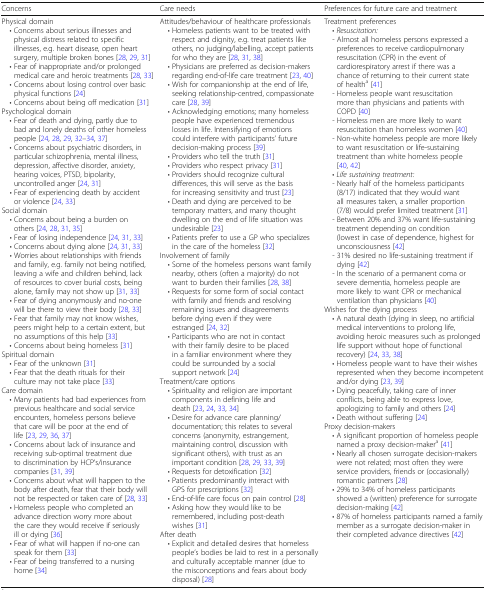
<table><thead><tr><td><b>Concerns</b></td><td><b>Care needs</b></td><td><b>Preferences for future care and treatment</b></td></tr></thead><tbody><tr><td>Physical domain • Concerns about serious illnesses and physical distress related to specific illnesses, e.g. heart disease, open heart surgery, multiple broken bones [28, 29, 31] • Fear of inappropriate and/or prolonged medical care and heroic treatments [28, 33] • Concerns about losing control over basic physical functions [24] • Concerns about being off medication [31]Psychological domain • Fear of death and dying, partly due to bad and lonely deaths of other homeless people [24, 28, 29, 32–34, 37] • Concerns about psychiatric disorders, in particular schizophrenia, mental illness, depression, affective disorder, anxiety, hearing voices, PTSD, bipolarity, uncontrolled anger [24, 31] • Fear of experiencing death by accident or violence [24, 33]Social domain • Concerns about being a burden on others [24, 28, 31, 35] • Fear of losing independence [24, 31, 33] • Concerns about dying alone [24, 31, 33] • Worries about relationships with friends and family, e.g. family not being notified, leaving a wife and children behind, lack of resources to cover burial costs, being alone, family may not show up [31, 33] • Fear of dying anonymously and no-one will be there to view their body [28, 33] • Fear that family may not know wishes, peers might help to a certain extent, but no assumptions of this help [33] • Concerns about being homeless [31]Spiritual domain • Fear of the unknown [31] • Fear that the death rituals for their culture may not take place [33]Care domain • Many patients had bad experiences from previous healthcare and social service encounters, homeless persons believe that care will be poor at the end of life [23, 29, 36, 37] • Concerns about lack of insurance and receiving sub-optimal treatment due to discrimination by HCP’s/insurance companies [31, 39] • Concerns about what will happen to the body after death, fear that their body will not be respected or taken care of [28, 33] • Homeless people who completed an advance direction worry more about the care they would receive if seriously ill or dying [36] • Fear of what will happen if no-one can speak for them [33] • Fear of being transferred to a nursing home [34]</td><td>Attitudes/behaviour of healthcare professionals • Homeless patients want to be treated with respect and dignity, e.g. treat patients like others, no judging/labelling, accept patients for who they are [28, 31, 38] • Physicians are preferred as decision-makers regarding end-of-life care treatment [23, 40] • Wish for companionship at the end of life, seeking relationship-centred, compassionate care [28, 39] • Acknowledging emotions; many homeless people have experienced tremendous losses in life. Intensifying of emotions could interfere with participants’ future decision-making process [39] • Providers who tell the truth [31] • Providers who respect privacy [31] • Providers should recognize cultural differences, this will serve as the basis for increasing sensitivity and trust [23] • Death and dying are perceived to be temporary matters, and many thought dwelling on the end of life situation was undesirable [23] • Patients prefer to use a GP who specializes in the care of the homeless [32]Involvement of family • Some of the homeless persons want family nearby, others (often a majority) do not want to burden their families [28, 38] • Requests for some form of social contact with family and friends and resolving remaining issues and disagreements before dying even if they were estranged [24, 32] • Participants who are not in contact with their family desire to be placed in a familiar environment where they could be surrounded by a social support network [24]Treatment/care options • Spirituality and religion are important components in defining life and death [23, 24, 33, 34] • Desire for advance care planning/documentation; this relates to several concerns (anonymity, estrangement, maintaining control, discussion with significant others), with trust as an important condition [28, 29, 33, 39] • Requests for detoxification [32] • Patients predominantly interact with GPS for prescriptions [32] • End-of-life care focus on pain control [28] • Asking how they would like to be remembered, including post-death wishes [31]After death • Explicit and detailed desires that homeless people’s bodies be laid to rest in a personally and culturally acceptable manner (due to the misconceptions and fears about body disposal) [28]</td><td>Treatment preferences • <i>Resuscitation:</i> - Almost all homeless persons expressed a preferences to receive cardiopulmonary resuscitation (CPR) in the event of cardiorespiratory arrest if there was a chance of returning to their current state of health<sup>a</sup> [41] - Homeless people want resuscitation more than physicians and patients with COPD [40] - Homeless men are more likely to want resuscitation than homeless women [40] - Non-white homeless people are more likely to want resuscitation or life-sustaining treatment than white homeless people [40, 42] • <i>Life sustaining treatment:</i> - Nearly half of the homeless participants (8/17) indicated that they would want all measures taken, a smaller proportion (7/8) would prefer limited treatment [31] - Between 20% and 37% want life-sustaining treatment depending on condition (lowest in case of dependence, highest for unconsciousness [42] - 31% desired no life-sustaining treatment if dying [42] - In the scenario of a permanent coma or severe dementia, homeless people are more likely to want CPR or mechanical ventilation than physicians [40]Wishes for the dying process • A natural death (dying in sleep, no artificial medical interventions to prolong life, avoiding heroic measures such as prolonged life support without hope of functional recovery) [24, 33, 38] • Homeless people want to have their wishes represented when they become incompetent and/or dying [23, 39] • Dying peacefully, taking care of inner conflicts, being able to express love, apologizing to family and others [24] • Death without suffering [24]Proxy decision-makers • A significant proportion of homeless people named a proxy decision-maker<sup>a</sup> [41] • Nearly all chosen surrogate decision-makers were not related; most often they were service providers, friends or (occasionally) romantic partners [28] • 29% to 34% of homeless participants showed a (written) preference for surrogate decision-making [42] • 87% of homeless participants named a family member as a surrogate decision-maker in their completed advance directives [42]</td></tr></tbody></table>